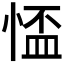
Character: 𢝙